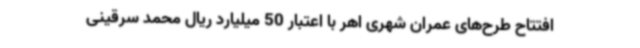
افتتاح طرح‌های عمران شهری اهر با اعتبار 50 میلیارد ریال محمد سرقینی